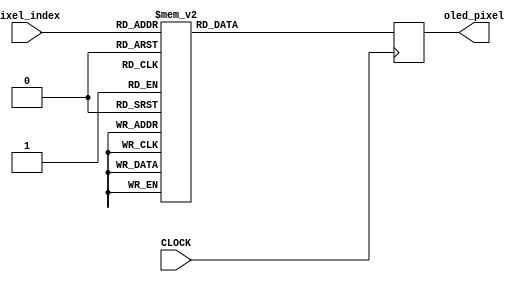
`timescale 1ns / 1ps

//////////////////////////////////////////////////////////////////////////////////
//
//  FILL IN THE FOLLOWING INFORMATION:
//  STUDENT A NAME: 
//  STUDENT B NAME:
//  STUDENT C NAME: 
//  STUDENT D NAME:  
//
//////////////////////////////////////////////////////////////////////////////////


module improvementScreen(input CLOCK,input [10:0] pixel_index, output reg [15:0] oled_pixel = 0);

always@(posedge CLOCK) begin
case(pixel_index)
100:oled_pixel <= 16'b1111111111111111;
103:oled_pixel <= 16'b1111111111111111;
110:oled_pixel <= 16'b1111111111111111;
114:oled_pixel <= 16'b1111111111111111;
115:oled_pixel <= 16'b1111111111111111;
116:oled_pixel <= 16'b1111111111111111;
117:oled_pixel <= 16'b1111111111111111;
121:oled_pixel <= 16'b1111111111111111;
122:oled_pixel <= 16'b1111111111111111;
123:oled_pixel <= 16'b1111111111111111;
124:oled_pixel <= 16'b1111111111111111;
128:oled_pixel <= 16'b1111111111111111;
129:oled_pixel <= 16'b1111111111111111;
130:oled_pixel <= 16'b1111111111111111;
131:oled_pixel <= 16'b1111111111111111;
132:oled_pixel <= 16'b1111111111111111;
133:oled_pixel <= 16'b1111111111111111;
137:oled_pixel <= 16'b1111111111111111;
142:oled_pixel <= 16'b1111111111111111;
146:oled_pixel <= 16'b1111111111111111;
147:oled_pixel <= 16'b1111111111111111;
148:oled_pixel <= 16'b1111111111111111;
149:oled_pixel <= 16'b1111111111111111;
153:oled_pixel <= 16'b1111111111111111;
160:oled_pixel <= 16'b1111111111111111;
164:oled_pixel <= 16'b1111111111111111;
165:oled_pixel <= 16'b1111111111111111;
166:oled_pixel <= 16'b1111111111111111;
167:oled_pixel <= 16'b1111111111111111;
171:oled_pixel <= 16'b1111111111111111;
176:oled_pixel <= 16'b1111111111111111;
180:oled_pixel <= 16'b1111111111111111;
181:oled_pixel <= 16'b1111111111111111;
182:oled_pixel <= 16'b1111111111111111;
183:oled_pixel <= 16'b1111111111111111;
184:oled_pixel <= 16'b1111111111111111;
185:oled_pixel <= 16'b1111111111111111;
186:oled_pixel <= 16'b1111111111111111;
187:oled_pixel <= 16'b1111111111111111;
195:oled_pixel <= 16'b1111111111111111;
196:oled_pixel <= 16'b1111111111111111;
198:oled_pixel <= 16'b1111111111111111;
199:oled_pixel <= 16'b1111111111111111;
200:oled_pixel <= 16'b1111111111111111;
205:oled_pixel <= 16'b1111111111111111;
206:oled_pixel <= 16'b1111111111111111;
207:oled_pixel <= 16'b1111111111111111;
209:oled_pixel <= 16'b1111111111111111;
210:oled_pixel <= 16'b1111111111111111;
211:oled_pixel <= 16'b1111111111111111;
212:oled_pixel <= 16'b1111111111111111;
213:oled_pixel <= 16'b1111111111111111;
214:oled_pixel <= 16'b1111111111111111;
216:oled_pixel <= 16'b1111111111111111;
217:oled_pixel <= 16'b1111111111111111;
218:oled_pixel <= 16'b1111111111111111;
219:oled_pixel <= 16'b1111111111111111;
220:oled_pixel <= 16'b1111111111111111;
221:oled_pixel <= 16'b1111111111111111;
223:oled_pixel <= 16'b1111111111111111;
224:oled_pixel <= 16'b1111111111111111;
225:oled_pixel <= 16'b1111111111111111;
226:oled_pixel <= 16'b1111111111111111;
227:oled_pixel <= 16'b1111111111111111;
228:oled_pixel <= 16'b1111111111111111;
229:oled_pixel <= 16'b1111111111111111;
230:oled_pixel <= 16'b1111111111111111;
232:oled_pixel <= 16'b1111111111111111;
233:oled_pixel <= 16'b1111111111111111;
238:oled_pixel <= 16'b1111111111111111;
239:oled_pixel <= 16'b1111111111111111;
241:oled_pixel <= 16'b1111111111111111;
242:oled_pixel <= 16'b1111111111111111;
243:oled_pixel <= 16'b1111111111111111;
244:oled_pixel <= 16'b1111111111111111;
245:oled_pixel <= 16'b1111111111111111;
246:oled_pixel <= 16'b1111111111111111;
248:oled_pixel <= 16'b1111111111111111;
249:oled_pixel <= 16'b1111111111111111;
250:oled_pixel <= 16'b1111111111111111;
255:oled_pixel <= 16'b1111111111111111;
256:oled_pixel <= 16'b1111111111111111;
257:oled_pixel <= 16'b1111111111111111;
259:oled_pixel <= 16'b1111111111111111;
260:oled_pixel <= 16'b1111111111111111;
261:oled_pixel <= 16'b1111111111111111;
262:oled_pixel <= 16'b1111111111111111;
263:oled_pixel <= 16'b1111111111111111;
264:oled_pixel <= 16'b1111111111111111;
266:oled_pixel <= 16'b1111111111111111;
267:oled_pixel <= 16'b1111111111111111;
268:oled_pixel <= 16'b1111111111111111;
272:oled_pixel <= 16'b1111111111111111;
273:oled_pixel <= 16'b1111111111111111;
275:oled_pixel <= 16'b1111111111111111;
276:oled_pixel <= 16'b1111111111111111;
277:oled_pixel <= 16'b1111111111111111;
278:oled_pixel <= 16'b1111111111111111;
279:oled_pixel <= 16'b1111111111111111;
280:oled_pixel <= 16'b1111111111111111;
281:oled_pixel <= 16'b1111111111111111;
282:oled_pixel <= 16'b1111111111111111;
283:oled_pixel <= 16'b1111111111111111;
284:oled_pixel <= 16'b1111111111111111;
291:oled_pixel <= 16'b1111111111111111;
292:oled_pixel <= 16'b1111111111111111;
294:oled_pixel <= 16'b1111111111111111;
295:oled_pixel <= 16'b1111111111111111;
296:oled_pixel <= 16'b1111111111111111;
297:oled_pixel <= 16'b1111111111111111;
300:oled_pixel <= 16'b1111111111111111;
301:oled_pixel <= 16'b1111111111111111;
302:oled_pixel <= 16'b1111111111111111;
303:oled_pixel <= 16'b1111111111111111;
305:oled_pixel <= 16'b1111111111111111;
306:oled_pixel <= 16'b1111111111111111;
309:oled_pixel <= 16'b1111111111111111;
310:oled_pixel <= 16'b1111111111111111;
312:oled_pixel <= 16'b1111111111111111;
313:oled_pixel <= 16'b1111111111111111;
316:oled_pixel <= 16'b1111111111111111;
317:oled_pixel <= 16'b1111111111111111;
319:oled_pixel <= 16'b1111111111111111;
320:oled_pixel <= 16'b1111111111111111;
321:oled_pixel <= 16'b1111111111111111;
324:oled_pixel <= 16'b1111111111111111;
325:oled_pixel <= 16'b1111111111111111;
326:oled_pixel <= 16'b1111111111111111;
328:oled_pixel <= 16'b1111111111111111;
329:oled_pixel <= 16'b1111111111111111;
334:oled_pixel <= 16'b1111111111111111;
335:oled_pixel <= 16'b1111111111111111;
337:oled_pixel <= 16'b1111111111111111;
338:oled_pixel <= 16'b1111111111111111;
339:oled_pixel <= 16'b1111111111111111;
344:oled_pixel <= 16'b1111111111111111;
345:oled_pixel <= 16'b1111111111111111;
346:oled_pixel <= 16'b1111111111111111;
347:oled_pixel <= 16'b1111111111111111;
350:oled_pixel <= 16'b1111111111111111;
351:oled_pixel <= 16'b1111111111111111;
352:oled_pixel <= 16'b1111111111111111;
353:oled_pixel <= 16'b1111111111111111;
355:oled_pixel <= 16'b1111111111111111;
356:oled_pixel <= 16'b1111111111111111;
357:oled_pixel <= 16'b1111111111111111;
362:oled_pixel <= 16'b1111111111111111;
363:oled_pixel <= 16'b1111111111111111;
364:oled_pixel <= 16'b1111111111111111;
365:oled_pixel <= 16'b1111111111111111;
368:oled_pixel <= 16'b1111111111111111;
369:oled_pixel <= 16'b1111111111111111;
375:oled_pixel <= 16'b1111111111111111;
376:oled_pixel <= 16'b1111111111111111;
387:oled_pixel <= 16'b1111111111111111;
388:oled_pixel <= 16'b1111111111111111;
390:oled_pixel <= 16'b1111111111111111;
391:oled_pixel <= 16'b1111111111111111;
392:oled_pixel <= 16'b1111111111111111;
393:oled_pixel <= 16'b1111111111111111;
394:oled_pixel <= 16'b1111111111111111;
395:oled_pixel <= 16'b1111111111111111;
396:oled_pixel <= 16'b1111111111111111;
397:oled_pixel <= 16'b1111111111111111;
398:oled_pixel <= 16'b1111111111111111;
399:oled_pixel <= 16'b1111111111111111;
401:oled_pixel <= 16'b1111111111111111;
402:oled_pixel <= 16'b1111111111111111;
405:oled_pixel <= 16'b1111111111111111;
406:oled_pixel <= 16'b1111111111111111;
408:oled_pixel <= 16'b1111111111111111;
409:oled_pixel <= 16'b1111111111111111;
412:oled_pixel <= 16'b1111111111111111;
413:oled_pixel <= 16'b1111111111111111;
415:oled_pixel <= 16'b1111111111111111;
416:oled_pixel <= 16'b1111111111111111;
421:oled_pixel <= 16'b1111111111111111;
422:oled_pixel <= 16'b1111111111111111;
424:oled_pixel <= 16'b1111111111111111;
425:oled_pixel <= 16'b1111111111111111;
430:oled_pixel <= 16'b1111111111111111;
431:oled_pixel <= 16'b1111111111111111;
433:oled_pixel <= 16'b1111111111111111;
434:oled_pixel <= 16'b1111111111111111;
440:oled_pixel <= 16'b1111111111111111;
441:oled_pixel <= 16'b1111111111111111;
442:oled_pixel <= 16'b1111111111111111;
443:oled_pixel <= 16'b1111111111111111;
444:oled_pixel <= 16'b1111111111111111;
445:oled_pixel <= 16'b1111111111111111;
446:oled_pixel <= 16'b1111111111111111;
447:oled_pixel <= 16'b1111111111111111;
448:oled_pixel <= 16'b1111111111111111;
449:oled_pixel <= 16'b1111111111111111;
451:oled_pixel <= 16'b1111111111111111;
452:oled_pixel <= 16'b1111111111111111;
458:oled_pixel <= 16'b1111111111111111;
459:oled_pixel <= 16'b1111111111111111;
460:oled_pixel <= 16'b1111111111111111;
461:oled_pixel <= 16'b1111111111111111;
462:oled_pixel <= 16'b1111111111111111;
464:oled_pixel <= 16'b1111111111111111;
465:oled_pixel <= 16'b1111111111111111;
471:oled_pixel <= 16'b1111111111111111;
472:oled_pixel <= 16'b1111111111111111;
483:oled_pixel <= 16'b1111111111111111;
484:oled_pixel <= 16'b1111111111111111;
486:oled_pixel <= 16'b1111111111111111;
487:oled_pixel <= 16'b1111111111111111;
489:oled_pixel <= 16'b1111111111111111;
490:oled_pixel <= 16'b1111111111111111;
491:oled_pixel <= 16'b1111111111111111;
492:oled_pixel <= 16'b1111111111111111;
494:oled_pixel <= 16'b1111111111111111;
495:oled_pixel <= 16'b1111111111111111;
497:oled_pixel <= 16'b1111111111111111;
498:oled_pixel <= 16'b1111111111111111;
499:oled_pixel <= 16'b1111111111111111;
500:oled_pixel <= 16'b1111111111111111;
501:oled_pixel <= 16'b1111111111111111;
502:oled_pixel <= 16'b1111111111111111;
504:oled_pixel <= 16'b1111111111111111;
505:oled_pixel <= 16'b1111111111111111;
507:oled_pixel <= 16'b1111111111111111;
508:oled_pixel <= 16'b1111111111111111;
509:oled_pixel <= 16'b1111111111111111;
511:oled_pixel <= 16'b1111111111111111;
512:oled_pixel <= 16'b1111111111111111;
517:oled_pixel <= 16'b1111111111111111;
518:oled_pixel <= 16'b1111111111111111;
520:oled_pixel <= 16'b1111111111111111;
521:oled_pixel <= 16'b1111111111111111;
526:oled_pixel <= 16'b1111111111111111;
527:oled_pixel <= 16'b1111111111111111;
529:oled_pixel <= 16'b1111111111111111;
530:oled_pixel <= 16'b1111111111111111;
531:oled_pixel <= 16'b1111111111111111;
532:oled_pixel <= 16'b1111111111111111;
536:oled_pixel <= 16'b1111111111111111;
537:oled_pixel <= 16'b1111111111111111;
539:oled_pixel <= 16'b1111111111111111;
540:oled_pixel <= 16'b1111111111111111;
541:oled_pixel <= 16'b1111111111111111;
542:oled_pixel <= 16'b1111111111111111;
544:oled_pixel <= 16'b1111111111111111;
545:oled_pixel <= 16'b1111111111111111;
547:oled_pixel <= 16'b1111111111111111;
548:oled_pixel <= 16'b1111111111111111;
549:oled_pixel <= 16'b1111111111111111;
550:oled_pixel <= 16'b1111111111111111;
554:oled_pixel <= 16'b1111111111111111;
555:oled_pixel <= 16'b1111111111111111;
557:oled_pixel <= 16'b1111111111111111;
558:oled_pixel <= 16'b1111111111111111;
559:oled_pixel <= 16'b1111111111111111;
560:oled_pixel <= 16'b1111111111111111;
561:oled_pixel <= 16'b1111111111111111;
567:oled_pixel <= 16'b1111111111111111;
568:oled_pixel <= 16'b1111111111111111;
579:oled_pixel <= 16'b1111111111111111;
580:oled_pixel <= 16'b1111111111111111;
582:oled_pixel <= 16'b1111111111111111;
583:oled_pixel <= 16'b1111111111111111;
586:oled_pixel <= 16'b1111111111111111;
587:oled_pixel <= 16'b1111111111111111;
590:oled_pixel <= 16'b1111111111111111;
591:oled_pixel <= 16'b1111111111111111;
593:oled_pixel <= 16'b1111111111111111;
594:oled_pixel <= 16'b1111111111111111;
595:oled_pixel <= 16'b1111111111111111;
596:oled_pixel <= 16'b1111111111111111;
597:oled_pixel <= 16'b1111111111111111;
600:oled_pixel <= 16'b1111111111111111;
601:oled_pixel <= 16'b1111111111111111;
602:oled_pixel <= 16'b1111111111111111;
603:oled_pixel <= 16'b1111111111111111;
604:oled_pixel <= 16'b1111111111111111;
607:oled_pixel <= 16'b1111111111111111;
608:oled_pixel <= 16'b1111111111111111;
613:oled_pixel <= 16'b1111111111111111;
614:oled_pixel <= 16'b1111111111111111;
616:oled_pixel <= 16'b1111111111111111;
617:oled_pixel <= 16'b1111111111111111;
621:oled_pixel <= 16'b1111111111111111;
622:oled_pixel <= 16'b1111111111111111;
623:oled_pixel <= 16'b1111111111111111;
625:oled_pixel <= 16'b1111111111111111;
626:oled_pixel <= 16'b1111111111111111;
627:oled_pixel <= 16'b1111111111111111;
628:oled_pixel <= 16'b1111111111111111;
632:oled_pixel <= 16'b1111111111111111;
633:oled_pixel <= 16'b1111111111111111;
636:oled_pixel <= 16'b1111111111111111;
637:oled_pixel <= 16'b1111111111111111;
640:oled_pixel <= 16'b1111111111111111;
641:oled_pixel <= 16'b1111111111111111;
643:oled_pixel <= 16'b1111111111111111;
644:oled_pixel <= 16'b1111111111111111;
645:oled_pixel <= 16'b1111111111111111;
646:oled_pixel <= 16'b1111111111111111;
650:oled_pixel <= 16'b1111111111111111;
651:oled_pixel <= 16'b1111111111111111;
654:oled_pixel <= 16'b1111111111111111;
655:oled_pixel <= 16'b1111111111111111;
656:oled_pixel <= 16'b1111111111111111;
657:oled_pixel <= 16'b1111111111111111;
663:oled_pixel <= 16'b1111111111111111;
664:oled_pixel <= 16'b1111111111111111;
675:oled_pixel <= 16'b1111111111111111;
676:oled_pixel <= 16'b1111111111111111;
678:oled_pixel <= 16'b1111111111111111;
679:oled_pixel <= 16'b1111111111111111;
686:oled_pixel <= 16'b1111111111111111;
687:oled_pixel <= 16'b1111111111111111;
689:oled_pixel <= 16'b1111111111111111;
690:oled_pixel <= 16'b1111111111111111;
696:oled_pixel <= 16'b1111111111111111;
697:oled_pixel <= 16'b1111111111111111;
698:oled_pixel <= 16'b1111111111111111;
699:oled_pixel <= 16'b1111111111111111;
703:oled_pixel <= 16'b1111111111111111;
704:oled_pixel <= 16'b1111111111111111;
709:oled_pixel <= 16'b1111111111111111;
710:oled_pixel <= 16'b1111111111111111;
712:oled_pixel <= 16'b1111111111111111;
713:oled_pixel <= 16'b1111111111111111;
716:oled_pixel <= 16'b1111111111111111;
717:oled_pixel <= 16'b1111111111111111;
718:oled_pixel <= 16'b1111111111111111;
721:oled_pixel <= 16'b1111111111111111;
722:oled_pixel <= 16'b1111111111111111;
728:oled_pixel <= 16'b1111111111111111;
729:oled_pixel <= 16'b1111111111111111;
736:oled_pixel <= 16'b1111111111111111;
737:oled_pixel <= 16'b1111111111111111;
739:oled_pixel <= 16'b1111111111111111;
740:oled_pixel <= 16'b1111111111111111;
746:oled_pixel <= 16'b1111111111111111;
747:oled_pixel <= 16'b1111111111111111;
751:oled_pixel <= 16'b1111111111111111;
752:oled_pixel <= 16'b1111111111111111;
753:oled_pixel <= 16'b1111111111111111;
759:oled_pixel <= 16'b1111111111111111;
760:oled_pixel <= 16'b1111111111111111;
771:oled_pixel <= 16'b1111111111111111;
772:oled_pixel <= 16'b1111111111111111;
774:oled_pixel <= 16'b1111111111111111;
775:oled_pixel <= 16'b1111111111111111;
782:oled_pixel <= 16'b1111111111111111;
783:oled_pixel <= 16'b1111111111111111;
785:oled_pixel <= 16'b1111111111111111;
786:oled_pixel <= 16'b1111111111111111;
792:oled_pixel <= 16'b1111111111111111;
793:oled_pixel <= 16'b1111111111111111;
794:oled_pixel <= 16'b1111111111111111;
795:oled_pixel <= 16'b1111111111111111;
796:oled_pixel <= 16'b1111111111111111;
799:oled_pixel <= 16'b1111111111111111;
800:oled_pixel <= 16'b1111111111111111;
801:oled_pixel <= 16'b1111111111111111;
804:oled_pixel <= 16'b1111111111111111;
805:oled_pixel <= 16'b1111111111111111;
806:oled_pixel <= 16'b1111111111111111;
808:oled_pixel <= 16'b1111111111111111;
809:oled_pixel <= 16'b1111111111111111;
810:oled_pixel <= 16'b1111111111111111;
811:oled_pixel <= 16'b1111111111111111;
812:oled_pixel <= 16'b1111111111111111;
813:oled_pixel <= 16'b1111111111111111;
817:oled_pixel <= 16'b1111111111111111;
818:oled_pixel <= 16'b1111111111111111;
819:oled_pixel <= 16'b1111111111111111;
824:oled_pixel <= 16'b1111111111111111;
825:oled_pixel <= 16'b1111111111111111;
832:oled_pixel <= 16'b1111111111111111;
833:oled_pixel <= 16'b1111111111111111;
835:oled_pixel <= 16'b1111111111111111;
836:oled_pixel <= 16'b1111111111111111;
837:oled_pixel <= 16'b1111111111111111;
842:oled_pixel <= 16'b1111111111111111;
843:oled_pixel <= 16'b1111111111111111;
848:oled_pixel <= 16'b1111111111111111;
849:oled_pixel <= 16'b1111111111111111;
855:oled_pixel <= 16'b1111111111111111;
856:oled_pixel <= 16'b1111111111111111;
867:oled_pixel <= 16'b1111111111111111;
868:oled_pixel <= 16'b1111111111111111;
870:oled_pixel <= 16'b1111111111111111;
871:oled_pixel <= 16'b1111111111111111;
878:oled_pixel <= 16'b1111111111111111;
879:oled_pixel <= 16'b1111111111111111;
881:oled_pixel <= 16'b1111111111111111;
882:oled_pixel <= 16'b1111111111111111;
888:oled_pixel <= 16'b1111111111111111;
889:oled_pixel <= 16'b1111111111111111;
891:oled_pixel <= 16'b1111111111111111;
892:oled_pixel <= 16'b1111111111111111;
893:oled_pixel <= 16'b1111111111111111;
895:oled_pixel <= 16'b1111111111111111;
896:oled_pixel <= 16'b1111111111111111;
897:oled_pixel <= 16'b1111111111111111;
898:oled_pixel <= 16'b1111111111111111;
899:oled_pixel <= 16'b1111111111111111;
900:oled_pixel <= 16'b1111111111111111;
901:oled_pixel <= 16'b1111111111111111;
902:oled_pixel <= 16'b1111111111111111;
905:oled_pixel <= 16'b1111111111111111;
906:oled_pixel <= 16'b1111111111111111;
907:oled_pixel <= 16'b1111111111111111;
908:oled_pixel <= 16'b1111111111111111;
913:oled_pixel <= 16'b1111111111111111;
914:oled_pixel <= 16'b1111111111111111;
915:oled_pixel <= 16'b1111111111111111;
916:oled_pixel <= 16'b1111111111111111;
917:oled_pixel <= 16'b1111111111111111;
918:oled_pixel <= 16'b1111111111111111;
920:oled_pixel <= 16'b1111111111111111;
921:oled_pixel <= 16'b1111111111111111;
928:oled_pixel <= 16'b1111111111111111;
929:oled_pixel <= 16'b1111111111111111;
931:oled_pixel <= 16'b1111111111111111;
932:oled_pixel <= 16'b1111111111111111;
933:oled_pixel <= 16'b1111111111111111;
934:oled_pixel <= 16'b1111111111111111;
935:oled_pixel <= 16'b1111111111111111;
936:oled_pixel <= 16'b1111111111111111;
938:oled_pixel <= 16'b1111111111111111;
939:oled_pixel <= 16'b1111111111111111;
944:oled_pixel <= 16'b1111111111111111;
945:oled_pixel <= 16'b1111111111111111;
951:oled_pixel <= 16'b1111111111111111;
952:oled_pixel <= 16'b1111111111111111;
963:oled_pixel <= 16'b1111111111111111;
967:oled_pixel <= 16'b1111111111111111;
974:oled_pixel <= 16'b1111111111111111;
978:oled_pixel <= 16'b1111111111111111;
985:oled_pixel <= 16'b1111111111111111;
988:oled_pixel <= 16'b1111111111111111;
989:oled_pixel <= 16'b1111111111111111;
992:oled_pixel <= 16'b1111111111111111;
993:oled_pixel <= 16'b1111111111111111;
994:oled_pixel <= 16'b1111111111111111;
995:oled_pixel <= 16'b1111111111111111;
996:oled_pixel <= 16'b1111111111111111;
997:oled_pixel <= 16'b1111111111111111;
1002:oled_pixel <= 16'b1111111111111111;
1003:oled_pixel <= 16'b1111111111111111;
1010:oled_pixel <= 16'b1111111111111111;
1011:oled_pixel <= 16'b1111111111111111;
1012:oled_pixel <= 16'b1111111111111111;
1013:oled_pixel <= 16'b1111111111111111;
1017:oled_pixel <= 16'b1111111111111111;
1024:oled_pixel <= 16'b1111111111111111;
1028:oled_pixel <= 16'b1111111111111111;
1029:oled_pixel <= 16'b1111111111111111;
1030:oled_pixel <= 16'b1111111111111111;
1031:oled_pixel <= 16'b1111111111111111;
1035:oled_pixel <= 16'b1111111111111111;
1040:oled_pixel <= 16'b1111111111111111;
1047:oled_pixel <= 16'b1111111111111111;
default:oled_pixel<=0;
endcase

end
endmodule